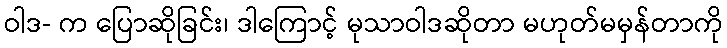
ဝါဒ- က ပြောဆိုခြင်း၊ ဒါကြောင့် မုသာဝါဒဆိုတာ မဟုတ်မမှန်တာကို